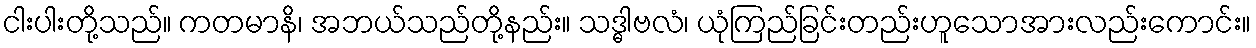
ငါးပါးတို့သည်။ ကတမာနိ၊ အဘယ်သည်တို့နည်း။ သဒ္ဓါဗလံ၊ ယုံကြည်ခြင်းတည်းဟူသောအားလည်းကောင်း။